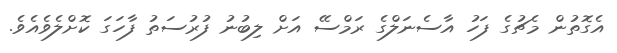
އެގޮތުން މެޗުގެ ފަހު އާސެނަލްގެ ރަމްސޭ އަށް ލިބުނު ފުރުސަތު ފާހަގަ ކޮށްލެވެއެވެ.